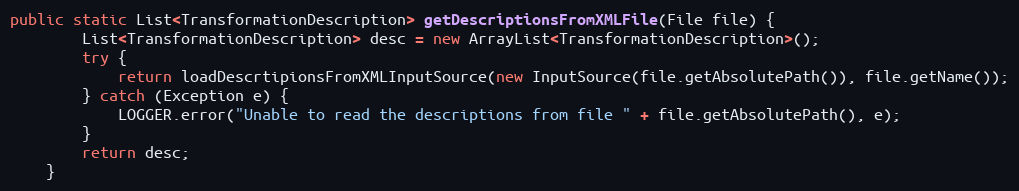
Language: Java
public static List<TransformationDescription> getDescriptionsFromXMLFile(File file) {
        List<TransformationDescription> desc = new ArrayList<TransformationDescription>();
        try {
            return loadDescrtipionsFromXMLInputSource(new InputSource(file.getAbsolutePath()), file.getName());
        } catch (Exception e) {
            LOGGER.error("Unable to read the descriptions from file " + file.getAbsolutePath(), e);
        }
        return desc;
    }